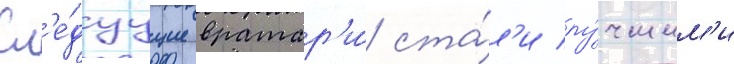
Сл'е́дуущие вратар'и́ ста́л'и лу́чшим'и